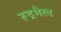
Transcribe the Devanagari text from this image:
रूद्रभैरव